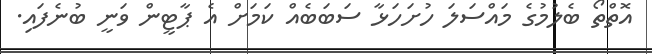
އޮތްތޯ ބެލުމުގެ މައްސަލަ ހުށަހަޅާ ސަބަބެއް ކަމަށް އެ ޕާޓީން ވަނީ ބުނެފައި.